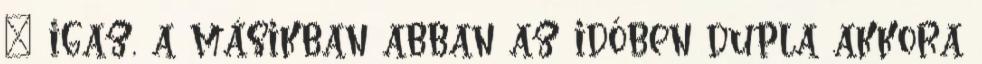
– igaz, a másikban abban az időben dupla akkora